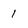
Character: I